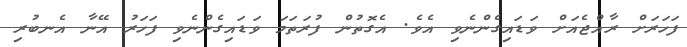
ފަހަރަށް ރާއްޖެއަށް ވަޑައިގެންނެވި އެވެ. އެގޮތުން ފުރަތަމަ ވަޑައިގެންނެވި ފަހަރު އޭނާ އެނބުރި